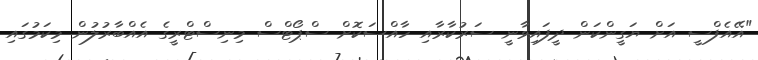
"އޭއެފްސީ އަށް ޔަގީންކަން ދީފައިވާނީ ސަރުކާރާއި ހާއްސަކޮށް ސްޕޯޓްސް މިނިސްޓްރީގެ އެއްބާރުލުން މިކަމުގައި